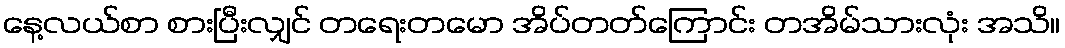
နေ့လယ်စာ စားပြီးလျှင် တရေးတမော အိပ်တတ်ကြောင်း တအိမ်သားလုံး အသိ။